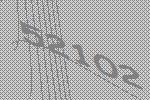
52102